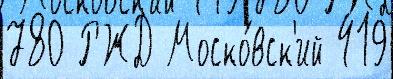
780 РЖД Моско́вск'ий 419